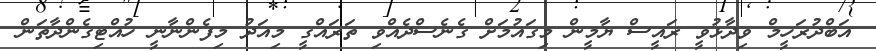
އަބްދުރަހީމް ވިދާޅުވީ ރައީސް ޔާމީން މިގައުމަށް ގެނެސްދެއްވި ތަރައްގީ މިއަދު މިފެންނާނީ ހުއްޓިގެންދާތަން